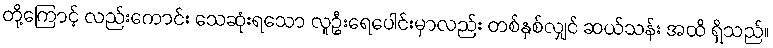
တို့ကြောင့် လည်းကောင်း သေဆုံးရသော လူဦးရေပေါင်းမှာလည်း တစ်နှစ်လျှင် ဆယ်သန်း အထိ ရှိသည်။